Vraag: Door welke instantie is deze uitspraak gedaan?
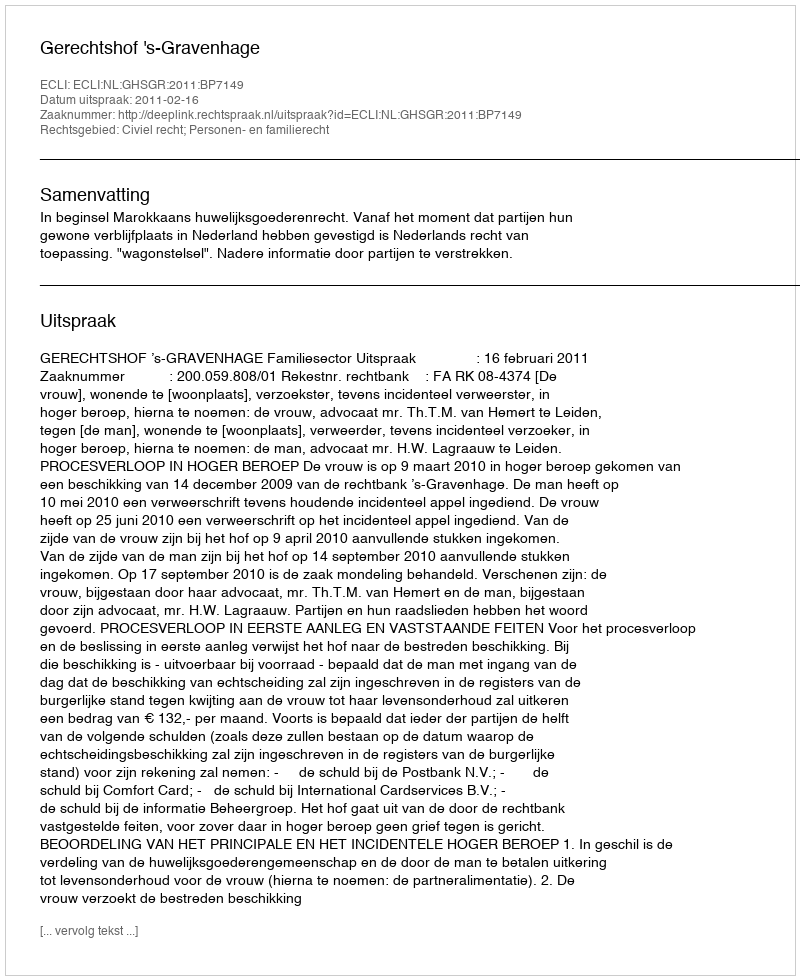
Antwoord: Gerechtshof 's-Gravenhage